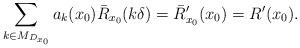
LaTeX: \begin{align*} \sum_{k\in M_{D_{x_0}}} a_k(x_0) \bar{R}_{x_0}(k\delta)=\bar{R}_{x_0}^\prime(x_0)=R^\prime(x_0).\end{align*}